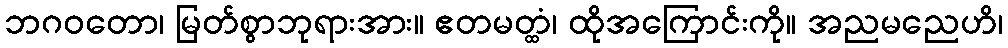
ဘဂဝတော၊ မြတ်စွာဘုရားအား။ ဧတမတ္ထံ၊ ထိုအကြောင်းကို။ အညမညေဟိ၊